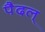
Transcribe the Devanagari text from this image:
पैदल्